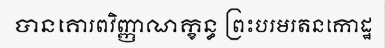
បានគោរពវិញ្ញាណក្ខន្ធ ព្រះបរមរតនកោដ្ឋ